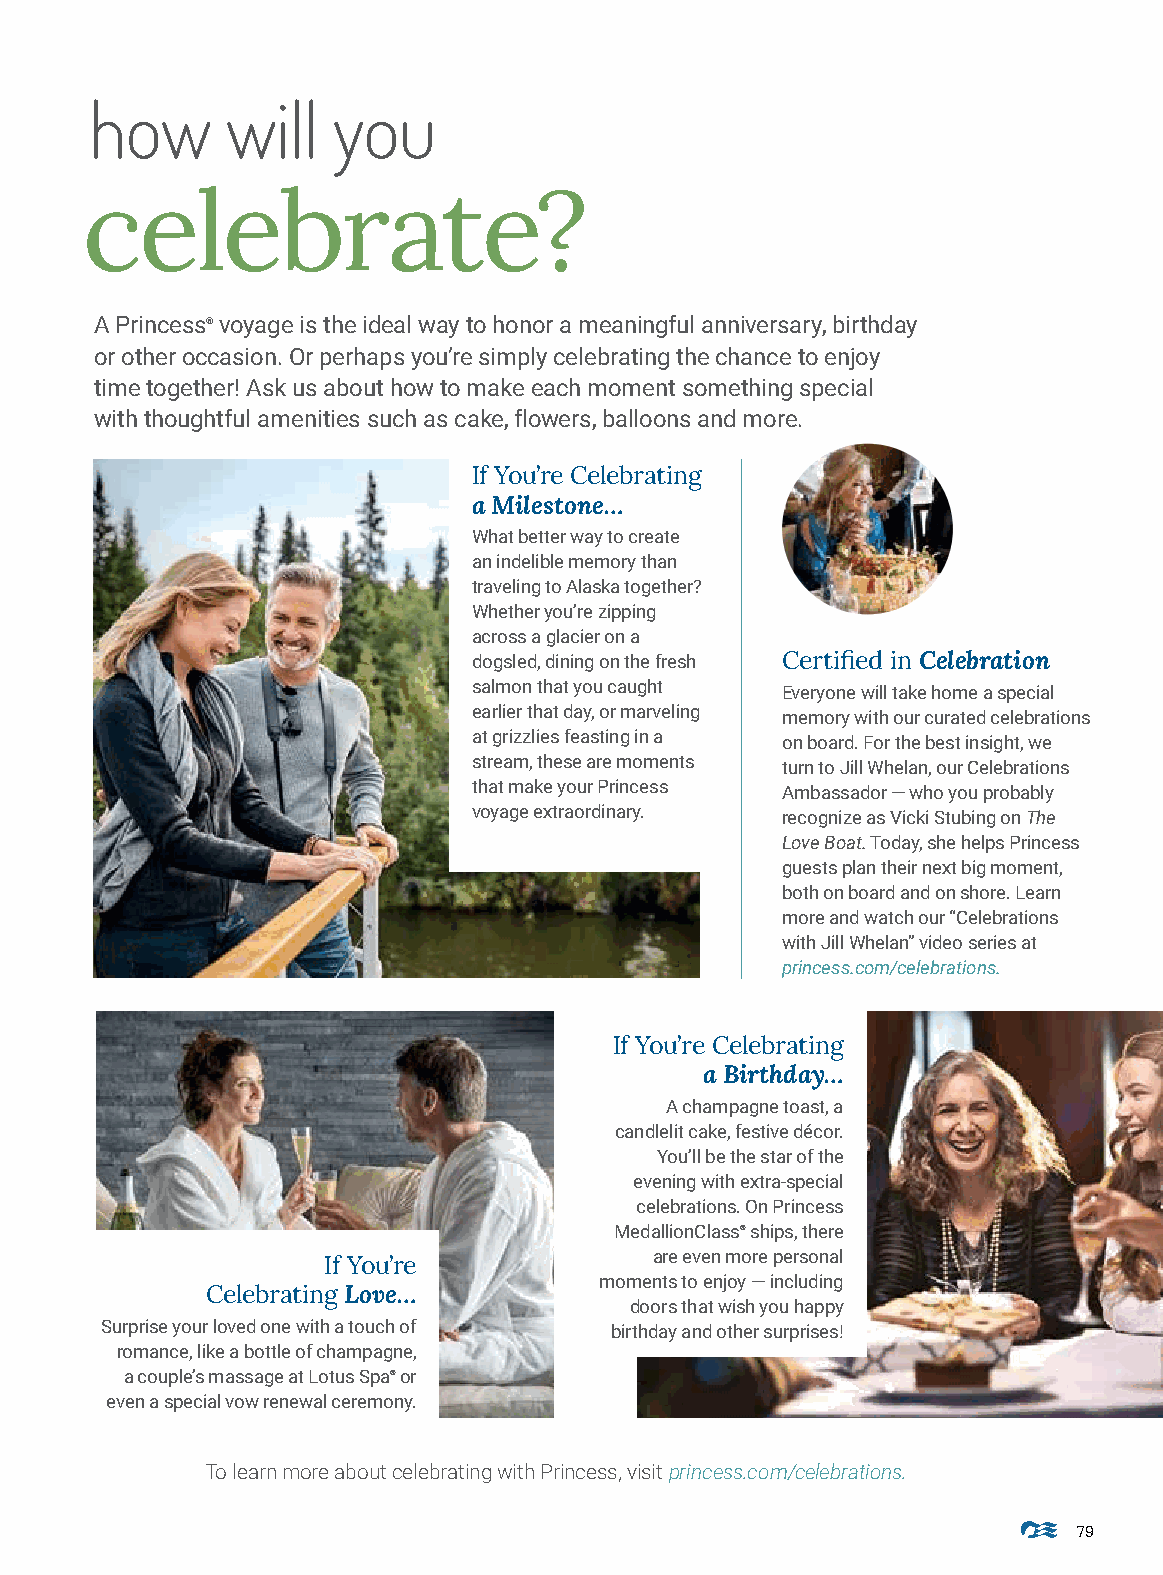
how      will   you
 celebrate?
 A Princess® voyage is the ideal way to honor a meaningful anniversary, birthday
 or other occasion. Or perhaps you’re simply celebrating the chance to enjoy
 time together! Ask us about how to make each moment something special
 with thoughtful amenities such as cake, flowers, balloons and more.
 If You’re Celebrating
 a Milestone…
 What better way to create
 an indelible memory than
 traveling to Alaska together?
 Whether you’re zipping
 across a glacier on a
 dogsled, dining on the fresh Certified in Celebration
 salmon that you caught Everyone will take home a special
 earlier that day, or marveling memory with our curated celebrations
 at grizzlies feasting in a on board. For the best insight, we
 stream, these are moments turn to Jill Whelan, our Celebrations
 that make your Princess Ambassador — who you probably
 voyage extraordinary. recognize as Vicki Stubing on The
 Love Boat. Today, she helps Princess
 guests plan their next big moment,
 both on board and on shore. Learn
 more and watch our “Celebrations
 with Jill Whelan” video series at
 princess.com/celebrations.
 If You’re Celebrating
 a Birthday…
 A champagne toast, a
 candlelit cake, festive décor.
 You’ll be the star of the
 evening with extra-special
 celebrations. On Princess
 MedallionClass® ships, there
 are even more personal
 If You’re
 moments to enjoy — including
 Celebrating Love…
 doors that wish you happy
 Surprise your loved one with a touch of birthday and other surprises!
 romance, like a bottle of champagne,
 a couple’s massage at Lotus Spa® or
 even a special vow renewal ceremony.
 To learn more about celebrating with Princess, visit princess.com/celebrations.
 79